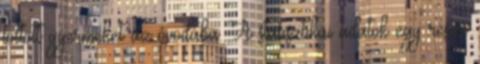
töltött gyermeket az óvodába. A statisztikai adatok egy része